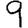
Digit: 9